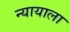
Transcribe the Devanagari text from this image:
न्यायाला